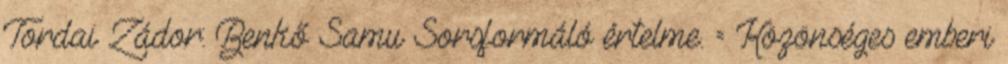
Tordai Zádor: Benkő Samu Sorsformáló értelme. = Közönséges emberi